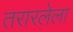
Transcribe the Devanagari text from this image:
तरारलेला